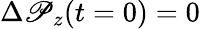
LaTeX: \Delta\mathscr{P}_{z}(t=0)=0